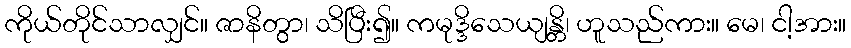
ကိုယ်တိုင်သာလျှင်။ ဇာနိတွာ၊ သိပြီး၍။ ကမုဒ္ဒိသေယျန္တိ၊ ဟူသည်ကား။ မေ၊ ငါ့အား။